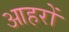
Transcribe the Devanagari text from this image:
आहरों